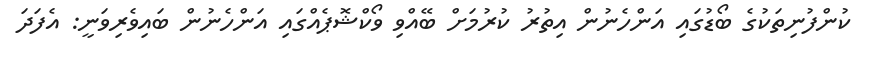
ކުންފުނިތަކުގެ ބޯޑުގައި އަންހެނުން އިތުރު ކުރުމަށް ބޭއްވި ވޯކްޝޮޕެއްގައި އަންހެނުން ބައިވެރިވަނީ: އެފަދަ